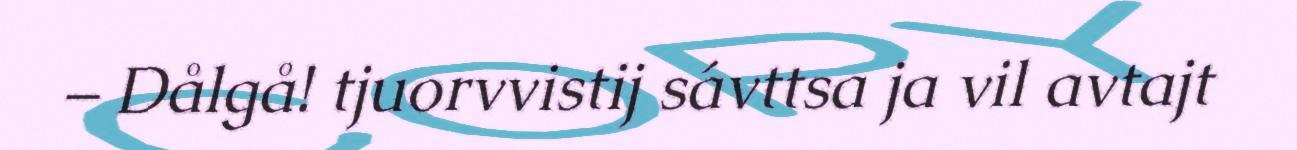
– Dålgå! tjuorvvistij sávttsa ja vil avtajt